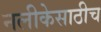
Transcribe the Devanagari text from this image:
नलीकेसाठीच